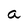
Character: a